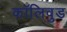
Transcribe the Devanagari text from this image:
कॉलिवुड